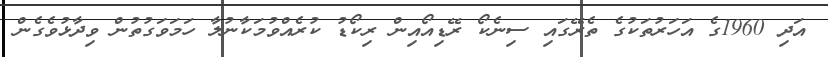
އަދި 1960ގެ އަހަރުތަކުގެ ތެރޭގައި ސިނެކޯ ރޭޑިއޯއިން ރިކޯޑު ކުރެއްވުމަކާނުލާ ހަމަވަގުތުން ވިދާޅުވެގެން